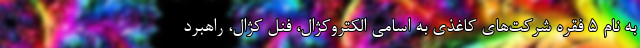
به نام ۵ فقره شرکت‌های کاغذی به اسامی الکتروکژال، فنل کژال، راهبرد